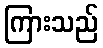
ကြားသည်